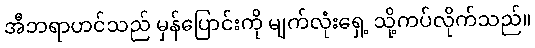
အီဘရာဟင်သည် မှန်ပြောင်းကို မျက်လုံးရှေ့ သို့ကပ်လိုက်သည်။